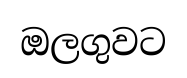
ඔලගුවට